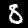
Label: 8